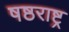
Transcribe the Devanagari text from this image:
षष्ठराष्ट्र